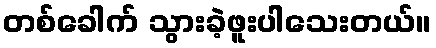
တစ်ခေါက် သွားခဲ့ဖူးပါသေးတယ်။